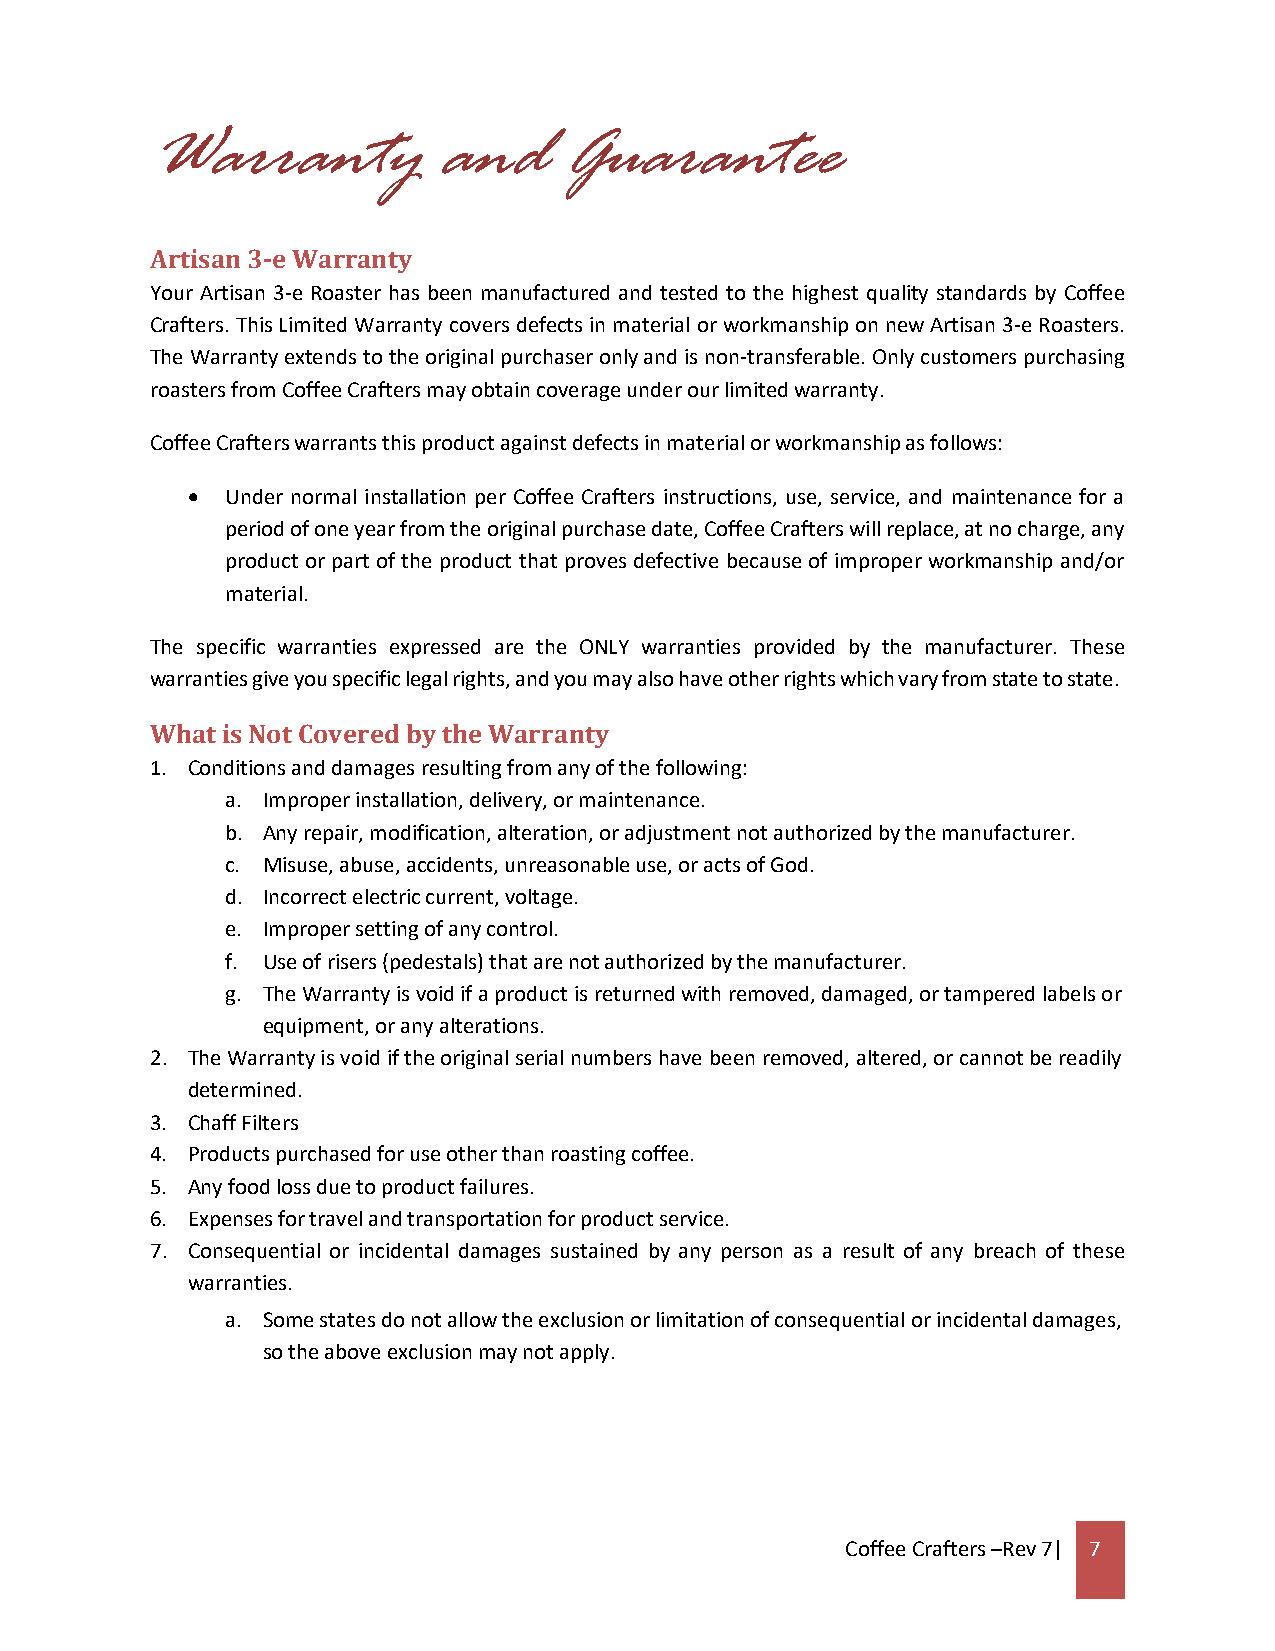
Warranty           and      Guarantee
 Artisan 3-e Warranty
 Your Artisan 3-e Roaster has been manufactured and tested to the highest quality standards by Coffee
 Crafters. This Limited Warranty covers defects in material or workmanship on new Artisan 3-e Roasters.
 The Warranty extends to the original purchaser only and is non-transferable. Only customers purchasing
 roasters from Coffee Crafters may obtain coverage under our limited warranty.
 Coffee Crafters warrants this product against defects in material or workmanship as follows:
   Under normal installation per Coffee Crafters instructions, use, service, and maintenance for a
 period of one year from the original purchase date, Coffee Crafters will replace, at no charge, any
 product or part of the product that proves defective because of improper workmanship and/or
 material.
 The specific warranties expressed are the ONLY warranties provided by the manufacturer. These
 warranties give you specific legal rights, and you may also have other rights which vary from state to state.
 What is Not Covered by the Warranty
 1. Conditions and damages resulting from any of the following:
 a. Improper installation, delivery, or maintenance.
 b. Any repair, modification, alteration, or adjustment not authorized by the manufacturer.
 c. Misuse, abuse, accidents, unreasonable use, or acts of God.
 d. Incorrect electric current, voltage.
 e. Improper setting of any control.
 f. Use of risers (pedestals) that are not authorized by the manufacturer.
 g. The Warranty is void if a product is returned with removed, damaged, or tampered labels or
 equipment, or any alterations.
 2. The Warranty is void if the original serial numbers have been removed, altered, or cannot be readily
 determined.
 3. Chaff Filters
 4. Products purchased for use other than roasting coffee.
 5. Any food loss due to product failures.
 6. Expenses for travel and transportation for product service.
 7. Consequential or incidental damages sustained by any person as a result of any breach of these
 warranties.
 a. Some states do not allow the exclusion or limitation of consequential or incidental damages,
 so the above exclusion may not apply.
 Coffee Crafters –Rev 7| 7